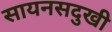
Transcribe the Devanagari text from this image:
सायनसदुखी